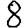
Digit: 8